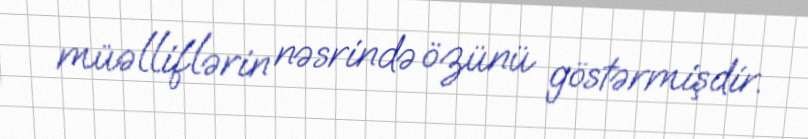
müəlliflərin nəsrində özünü göstərmişdir.